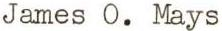
James O. Mays